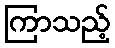
ကြာသည့်